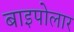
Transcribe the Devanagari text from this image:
बाइपोलार